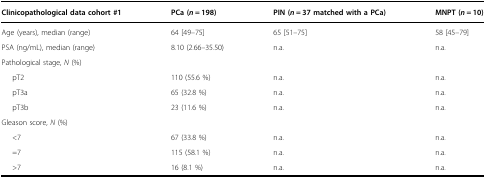
<table><thead><tr><td><b>Clinicopathological data cohort #1</b></td><td><b>PCa (<i>n</i> = 198)</b></td><td><b>PIN (<i>n</i> = 37 matched with a PCa)</b></td><td><b>MNPT (<i>n</i> = 10)</b></td></tr></thead><tbody><tr><td>Age (years), median (range)</td><td>64 [49–75]</td><td>65 [51–75]</td><td>58 [45–79]</td></tr><tr><td>PSA (ng/mL), median (range)</td><td>8.10 (2.66–35.50)</td><td>n.a.</td><td>n.a.</td></tr><tr><td colspan="4">Pathological stage, <i>N</i> (%)</td></tr><tr><td>pT2</td><td>110 (55.6 %)</td><td>n.a.</td><td>n.a.</td></tr><tr><td>pT3a</td><td>65 (32.8 %)</td><td>n.a.</td><td>n.a.</td></tr><tr><td>pT3b</td><td>23 (11.6 %)</td><td>n.a.</td><td>n.a.</td></tr><tr><td colspan="4">Gleason score, <i>N</i> (%)</td></tr><tr><td>&lt;7</td><td>67 (33.8 %)</td><td>n.a.</td><td>n.a.</td></tr><tr><td>=7</td><td>115 (58.1 %)</td><td>n.a.</td><td>n.a.</td></tr><tr><td>&gt;7</td><td>16 (8.1 %)</td><td>n.a.</td><td>n.a.</td></tr></tbody></table>